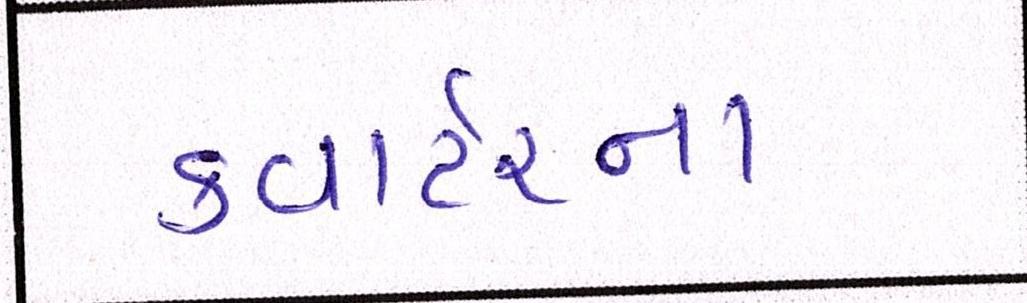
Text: કવાર્ટરના